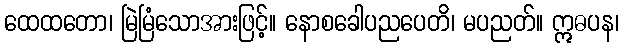
ထေထတော၊ မြဲမြံသောအားဖြင့်။ နောစခေါပညပေတိ၊ မပညတ်။ ဣဓပန၊